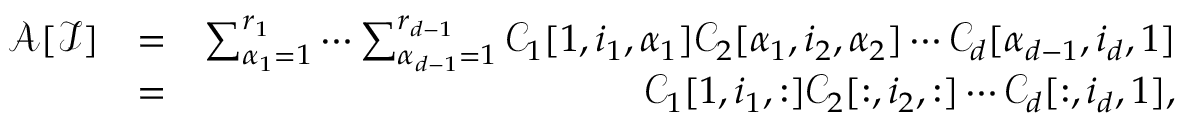
\begin{array} { r l r } { \mathcal { A } [ \mathcal { I } ] } & { = } & { \sum _ { \alpha _ { 1 } = 1 } ^ { r _ { 1 } } \cdots \sum _ { \alpha _ { d - 1 } = 1 } ^ { r _ { d - 1 } } \mathcal { C } _ { 1 } [ 1 , i _ { 1 } , \alpha _ { 1 } ] \mathcal { C } _ { 2 } [ \alpha _ { 1 } , i _ { 2 } , \alpha _ { 2 } ] \cdots \mathcal { C } _ { d } [ \alpha _ { d - 1 } , i _ { d } , 1 ] } \\ & { = } & { \mathcal { C } _ { 1 } [ 1 , i _ { 1 } , : ] \mathcal { C } _ { 2 } [ : , i _ { 2 } , : ] \cdots \mathcal { C } _ { d } [ : , i _ { d } , 1 ] , } \end{array}